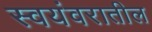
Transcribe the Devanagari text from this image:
स्वयंवरातील